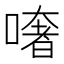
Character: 𠾏